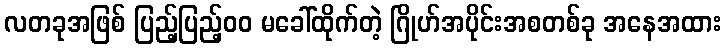
လတခုအဖြစ် ပြည့်ပြည့်၀၀ မခေါ်ထိုက်တဲ့ ဂြိုဟ်အပိုင်းအစတစ်ခု အနေအထား